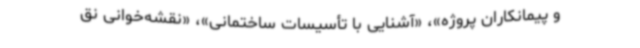
و پیمانکاران پروژه»، «آشنایی با تأسیسات ساختمانی»، «نقشه‌خوانی نق